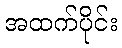
အထက်ပိုင်း